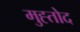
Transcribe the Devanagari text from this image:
मुह्तोद